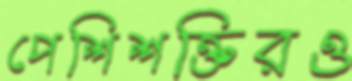
পেশিশক্তিরও